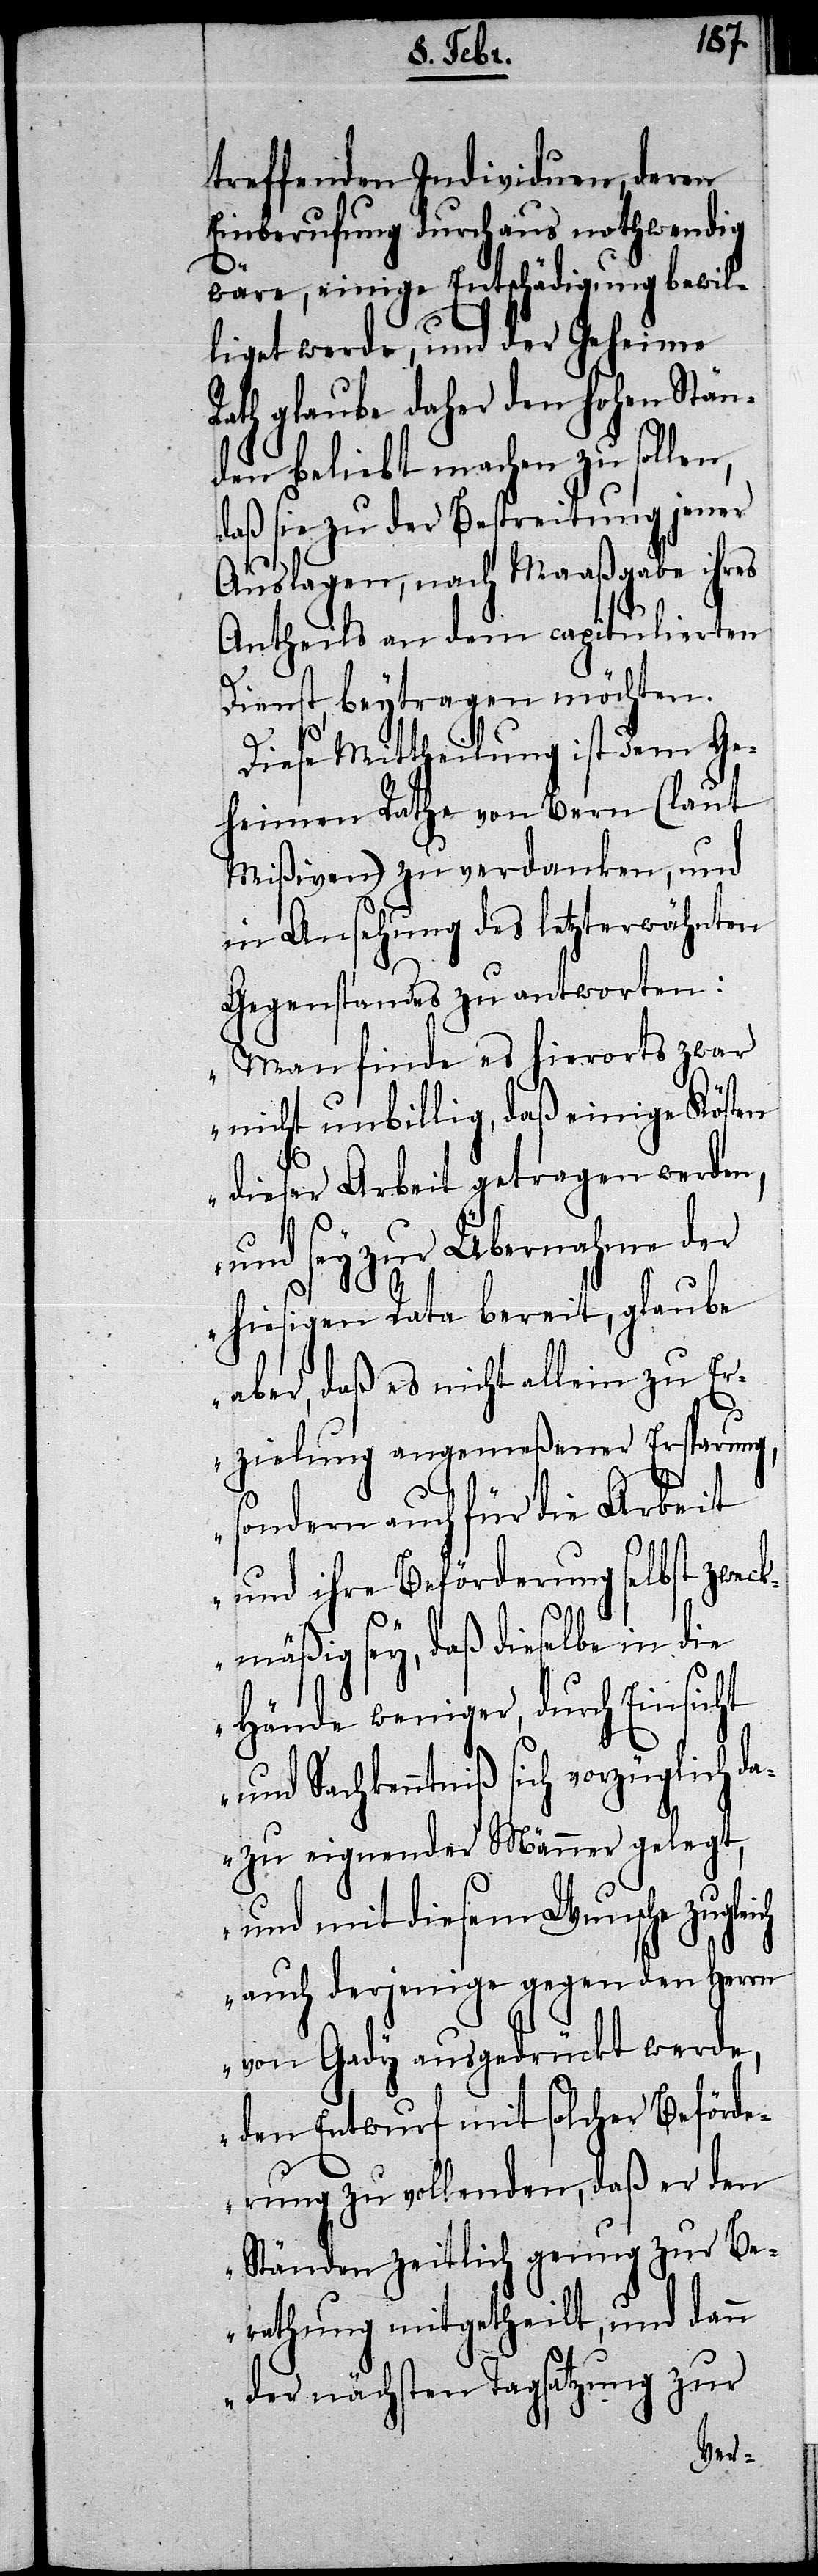
ich
treffenden Individuen, deren
Einberufung durchaus nothwendig
wäre, einige Entschädigung bewil¬
liget werde, und der Geheime
Rath glaube daher den hohen Stän¬
den beliebt machen zu sollen,
daß sie zu der Bestreitung jener
Auslagen, nach Maaßgabe ihres
Antheils an dem capitulierten
Dienst, beytragen möchten.
Diese Mittheilung ist dem Ge¬
heimen Rathe von Bern (laut
Mißiven) zu verdanken, und
in Ansehung des letzterwähnten
Gegenstandes zu antworten:
„Man finde es hierorts zwar
nicht unbillig, daß einige Kösten
dieser Arbeit getragen werden,
und sey zur Übernahme der
hiesigen Rata bereit, glaube
aber, daß es nicht allein zu Er¬
zielung angemeßener Ersparung,
sondern auch für die Arbeit
und ihre Beförderung selbst zweck¬
mäßig sey, daß dieselbe in die
Hände weniger, durch Einsicht
Sachkenntniß sich vorzüglich d¬
azu eignender Männer gelegt,
und mit diesem Wunsche zugle¬
auch derjenige gegen den Herrn
von Gady ausgedrückt werde,
den Entwurf mit solcher Beförde¬
rung zu vollenden, daß er den
Ständen zeitlich genug zur Be¬
rathung mitgetheilt, und dann
der nächsten Tagsatzung zur